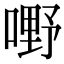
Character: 嘢